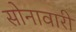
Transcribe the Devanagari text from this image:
सोनावारी